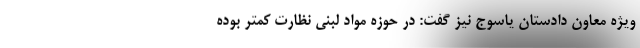
ویژه معاون دادستان یاسوج نیز گفت: در حوزه مواد لبنی نظارت کمتر بوده